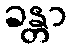
ခန္တာ